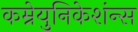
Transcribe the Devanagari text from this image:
कम्नेयुनिकेशंन्स